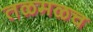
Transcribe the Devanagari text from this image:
तळमळच